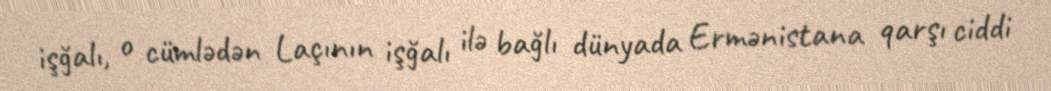
işğalı, o cümlədən Laçının işğalı ilə bağlı dünyada Ermənistana qarşı ciddi